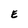
Character: E